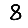
Digit: 8